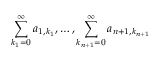
\sum _ { k _ { 1 } = 0 } ^ { \infty } a _ { 1 , k _ { 1 } } , \ldots , \sum _ { k _ { n + 1 } = 0 } ^ { \infty } a _ { n + 1 , k _ { n + 1 } }